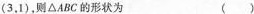
(3，1)，则△ABC的形状为 ()